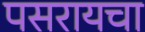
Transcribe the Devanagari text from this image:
पसरायचा